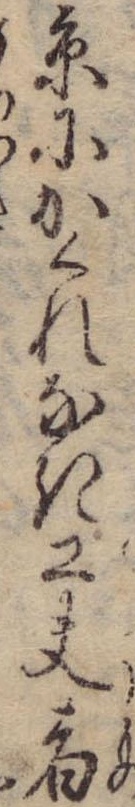
京にかくれなき工夫者